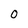
Character: o